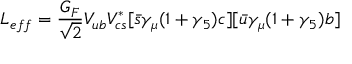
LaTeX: L _ { e f f } = \frac { G _ { F } } { \sqrt { 2 } } V _ { u b } V _ { c s } ^ { * } [ \bar { s } \gamma _ { \mu } ( 1 + \gamma _ { 5 } ) c ] [ \bar { u } \gamma _ { \mu } ( 1 + \gamma _ { 5 } ) b ]